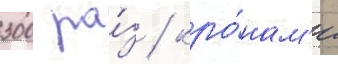
300 ра́з / кро́нам'и